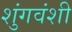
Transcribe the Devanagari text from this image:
शुंगवंशी